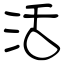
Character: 活